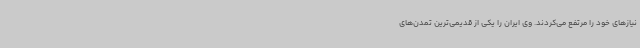
نیازهای خود را مرتفع می‌کردند. وی ایران را یکی از قدیمی‌ترین تمدن‌های